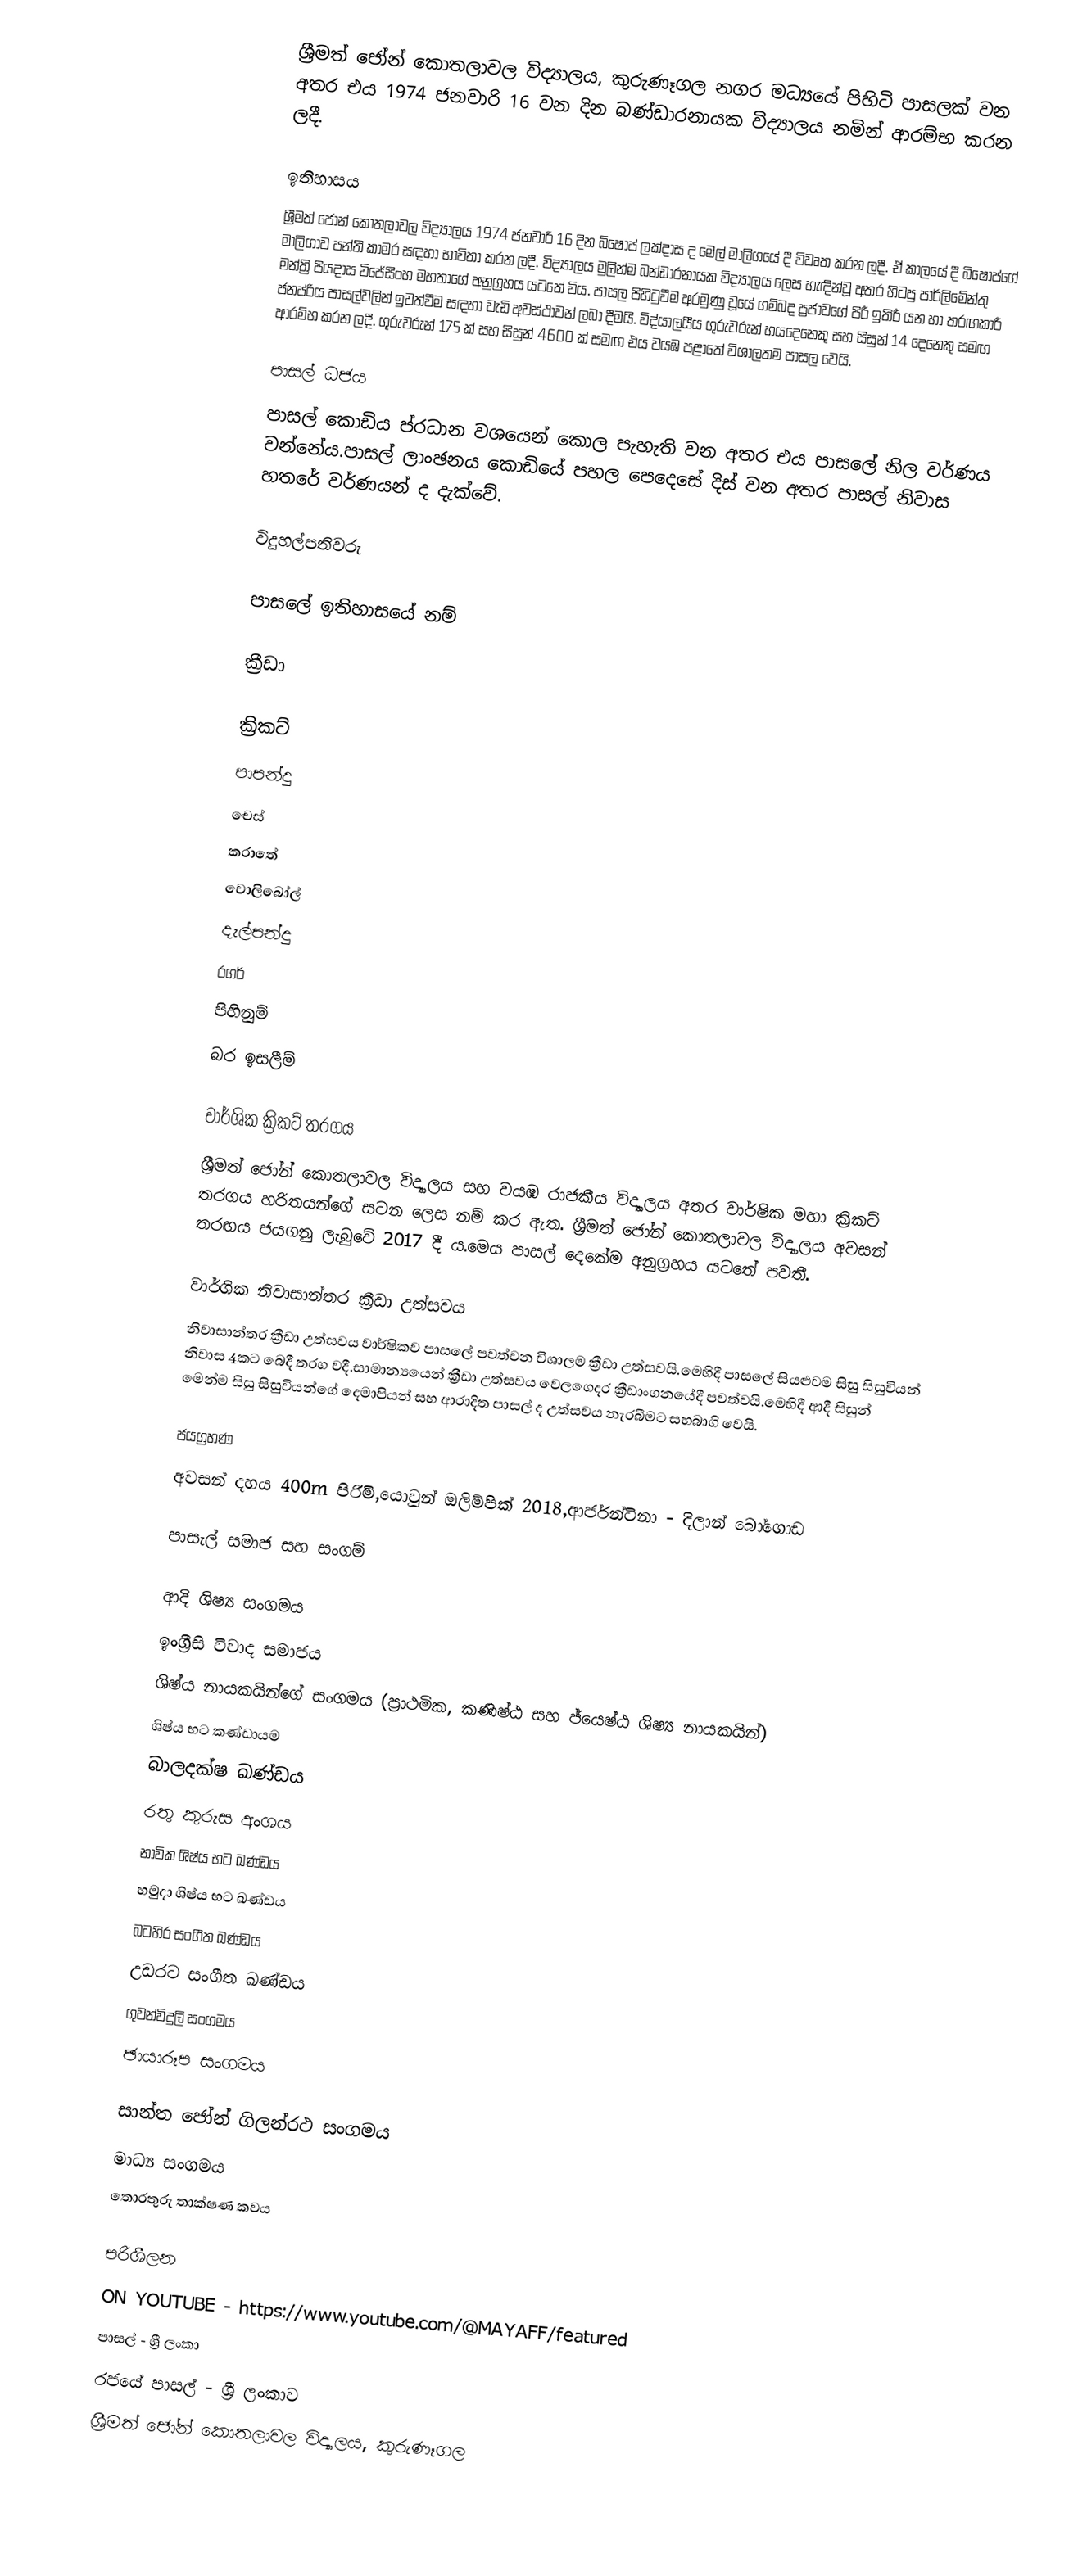
ශ්‍රීමත් ජෝන් කොතලාවල විද්‍යාලය, කුරුණෑගල නගර මධ්‍යයේ පිහිටි පාසලක් වන අතර එය 1974 ජනවාරි 16 වන දින බණ්ඩාරනායක විද්‍යාලය නමින් ආරම්භ කරන ලදී.

ඉතිහාසය
 ශ්‍රීමත් ජෝන් කොතලාවල විද්‍යාලය 1974 ජනවාරි 16 දින බිෂොප් ලක්දාස ද මෙල් මාලිගයේ දී විවෘත කරන ලදී. ඒ කාලයේ දී බිෂොප්ගේ මාලිගාව පන්ති කාමර සඳහා භාවිතා කරන ලදී. විද්‍යාලය මුලින්ම බන්ඩාරනායක විද්‍යාලය ලෙස හැඳින්වූ අතර හිටපු පාර්ලිමේන්තු මන්ත්‍රි පියදාස විජේසිංහ මහතාගේ අනුග්‍රහය යටතේ විය. පාසල පිහිටුවීම අරමුණු වූයේ ගම්බද ප්‍රජාවගේ පිරී ඉතිරී යන හා තරඟකාරී ජනප්රිය පාසල්වලින් ඉවත්වීම සඳහා වැඩි අවස්ථාවන් ලබා දීමයි. විද්යාලයීය ගුරුවරුන් හයදෙනෙකු සහ සිසුන් 14 දෙනෙකු සමඟ ආරම්භ කරන ලදී. ගුරුවරුන් 175 ක් සහ සිසුන් 4600 ක් සමඟ එය වයඹ පළාතේ විශාලතම පාසල වෙයි.

පාසල් ධජය
 පාසල් කොඩිය ප්රධාන වශයෙන් කොල පැහැති වන අතර එය පාසලේ නිල වර්ණය වන්නේය.පාසල් ලාංඡනය  කොඩියේ පහල පෙදෙසේ දිස් වන අතර පාසල් නිවාස හතරේ වර්ණයන් ද දැක්වේ.

විදුහල්පතිවරු

පාසලේ ඉතිහාසයේ නම්

ක්‍රීඩා

 ක්‍රිකට්
 පාපන්දු
 චෙස්
 කරාතේ
 වොලිබෝල්
 දැල්පන්දු
 රගර්
 පිහිනුම්
 බර ඉසලීම්

වාර්ශික ක්‍රිකට් තරගය
ශ්‍රීමත් ජෝන් කොතලාවල විද්‍යාලය සහ වයඹ රාජකීය විද්‍යාලය අතර වාර්ෂික මහා ක්‍රිකට් තරගය හරිතයන්ගේ සටන ලෙස නම් කර ඇත. ශ්‍රීමත් ජෝන් කොතලාවල විද්‍යාලය අවසන් තරඟය ජයගනු ලැබුවේ 2017 දී ය.මෙය පාසල් දෙකේම අනුග්‍රහය යටතේ පවතී.

වාර්ශික නිවාසාන්තර ක්‍රීඩා උත්සවය
නිවාසාන්තර ක්‍රීඩා උත්සවය වාර්ෂිකව පාසලේ පවත්වන විශාලම ක්‍රීඩා උත්සවයි.මෙහිදී පාසලේ සියළුවම සිසු සිසුවියන් නිවාස 4කට බෙදී තරග වදී.සාමාන්‍යයෙන් ක්‍රීඩා උත්සවය වෙලගෙදර ක්‍රීඩාංගනයේදී පවත්වයි.මෙහිදී ආදී සිසුන් මෙන්ම සිසු සිසුවියන්ගේ දෙමාපියන් සහ ආරාදිත පාසල් ද උත්සවය නැරබීමට සහබාගි වෙයි.

ජයග්‍රහණ
 අවසන් දහය 400m පිරිමි,යොවුන් ඔලිම්පික් 2018,ආර්ජන්ටිනා - දිලාන් බෝගොඩ

පාසැල්  සමාජ සහ සංගම්

 ආදි ශිෂ්‍ය සංගමය
 ඉංග්‍රීසි විවාද සමාජය
 ශිෂ්ය නායකයින්ගේ සංගමය (ප්‍රාථමික, කණිෂ්ඨ සහ ජ්යෙෂ්ඨ ශිෂ්‍ය නායකයින්)
 ශිෂ්ය භට කණ්ඩායම
 බාලදක්ෂ ඛණ්ඩය
 රතු කුරුස අංශය
 නාවික ශිෂ්ය භට ඛණ්ඩය
 හමුදා ශිෂ්ය භට ඛණ්ඩය
 බටහිර සංගීත ඛණ්ඩය
 උඩරට සංගීත ඛණ්ඩය
 ගුවන්විදුලි සංගමය
 ඡායාරූප සංගමය

 සාන්ත ජෝන් ගිලන්රථ සංගමය
 මාධ්‍ය සංගමය
 තොරතුරු තාක්ෂණ කවය

පරිශීලන
ON YOUTUBE - https://www.youtube.com/@MAYAFF/featured
පාසල් - ශ්‍රී ලංකා
රජයේ පාසල් - ශ්‍රී ලංකාව
ශ්‍රීමත් ජෝන් කොතලාවල විද්‍යාලය, කුරුණෑගල